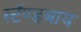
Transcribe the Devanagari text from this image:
स्टॅण्डबाय